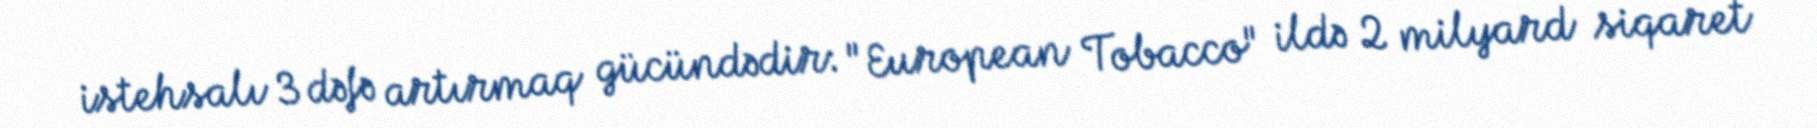
istehsalı 3 dəfə artırmaq gücündədir: "European Tobacco" ildə 2 milyard siqaret